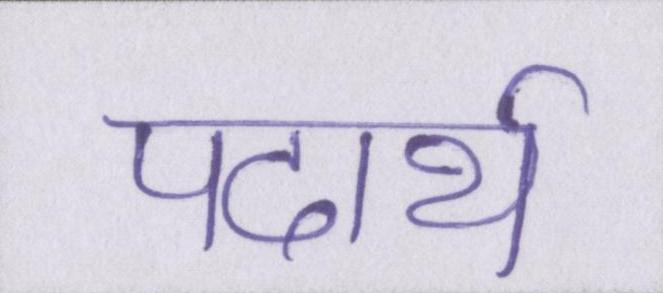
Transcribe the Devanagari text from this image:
पदार्थ